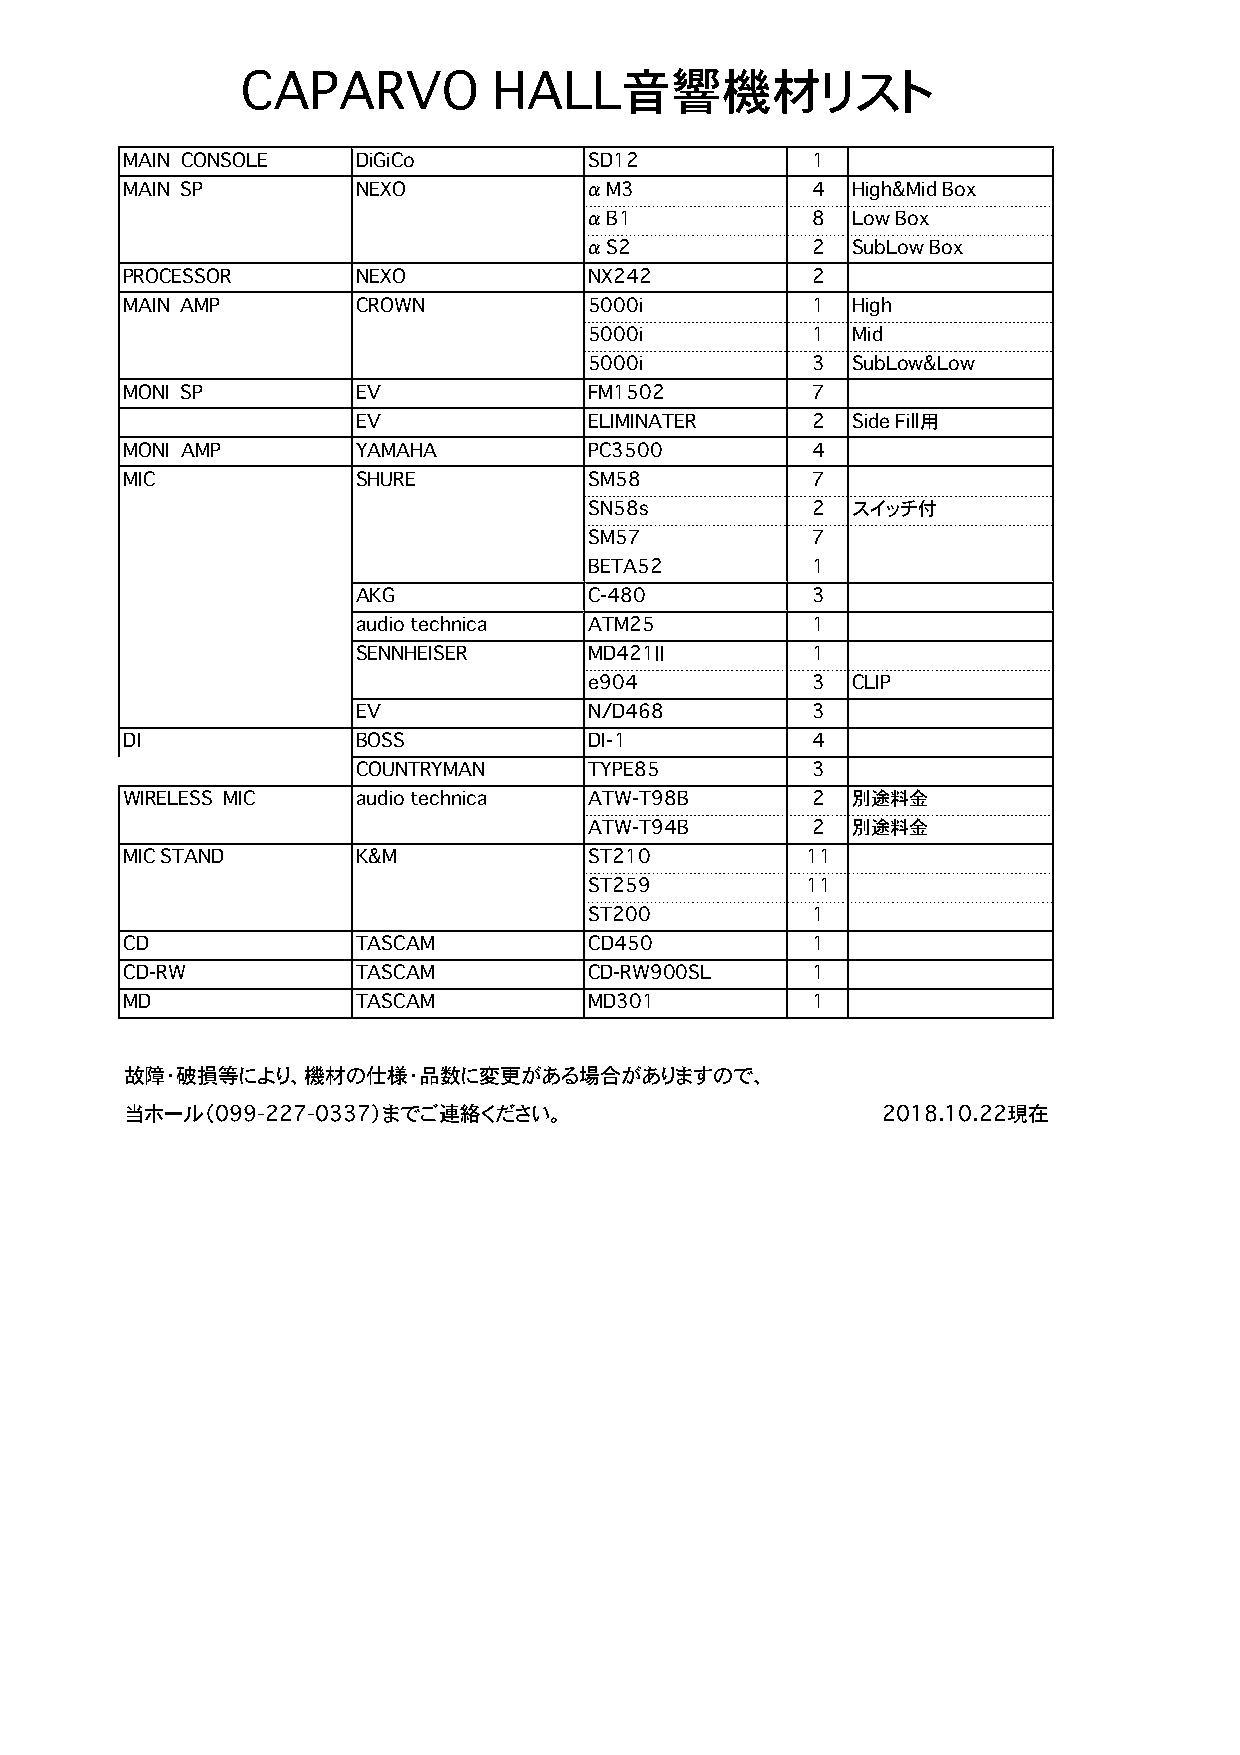
CAPARVO          HALL音響機材リスト
 MAIN CONSOLE    DiGiCo         SD12           1
 MAIN SP         NEXO           α M3           4 High&Mid Box
 α B1           8 Low Box
 α S2           2 SubLow Box
 PROCESSOR       NEXO           NX242          2
 MAIN AMP        CROWN          5000i          1 High
 5000i          1 Mid
 5000i          3 SubLow&Low
 MONI SP         EV             FM1502         7
 EV             ELIMINATER     2 Side Fill用
 MONI AMP        YAMAHA         PC3500         4
 MIC             SHURE          SM58           7
 SN58s          2 スイッチ付
 SM57           7
 BETA52         1
 AKG            C-480          3
 audio technica ATM25          1
 SENNHEISER     MD421Ⅱ         1
 e904           3 CLIP
 EV             N/D468         3
 DI              BOSS           DI-1           4
 COUNTRYMAN     TYPE85         3
 WIRELESS MIC    audio technica ATW-T98B       2 別途料金
 ATW-T94B       2 別途料金
 MIC STAND       K&M            ST210         11
 ST259         11
 ST200          1
 CD              TASCAM         CD450          1
 CD-RW           TASCAM         CD-RW900SL     1
 MD              TASCAM         MD301          1
 故障・破損等により、機材の仕様・品数に変更がある場合がありますので、
 当ホール（099-227-0337）までご連絡ください。                      2018.10.22現在